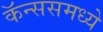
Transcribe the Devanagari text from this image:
कॅन्ससमध्ये